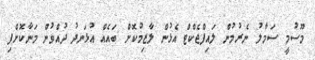
މޫސުމީ ސަމާލު ނެރުމުން ލައިފްޖެކްޓް އެޅުން ލާޒިމުކޮށް ބައެއް އުޅަނދު ދުއްވުން މަނާކޮށްފި